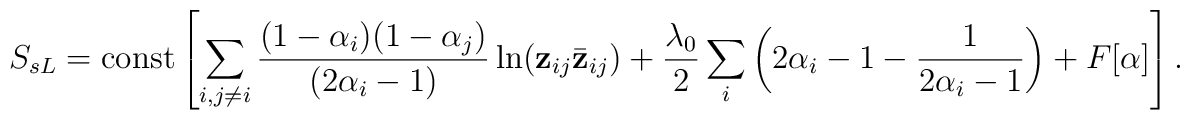
S_{sL} = {\rm const} \left[  \sum_{i,j\neq i}\frac{(1-\alpha_i)(1-\alpha_j)}{(2\alpha_i-1)} \ln ({\bf z}_{ij}{\bar {\bf z}}_{ij}) + \frac{\lambda_0}{2} \sum_i \left(2\alpha_i-1 - \frac{1}{2\alpha_i-1}  \right) + F[\alpha] \right].